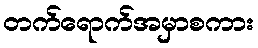
တက်ရောက်အမှာစကား